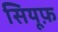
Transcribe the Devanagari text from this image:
सियूफ़